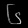
Digit: ၆